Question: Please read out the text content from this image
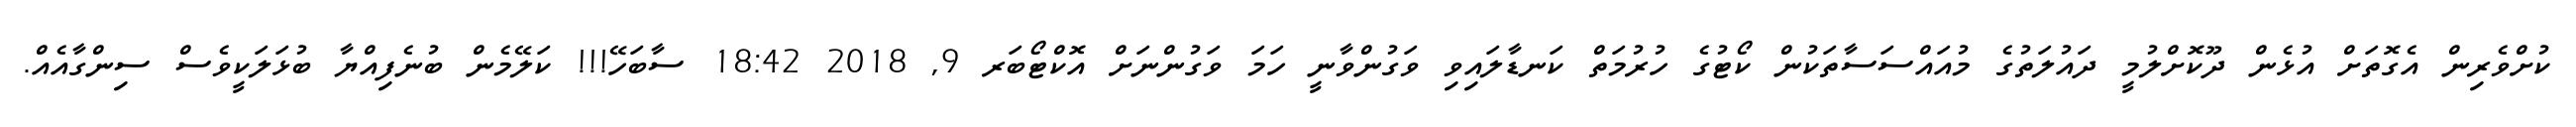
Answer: ކުށްވެރިން އެގޮތަށް އުޅެން ދޫކޮށްލުމީ ދައުލަތުގެ މުއައްސަސާތަކުން ކޯޓުގެ ހުރުމަތް ކަނޑާލައިވި ވަގުންވާނީ ހަމަ ވަގުންނަށް އޮކްޓޯބަރ 9, 2018 18:42 ސާބަހޭ!!! ކަލޭމެން ބުނެފިއްޔާ ބުޅަލަކީވެސް ސިންގާއެއް.